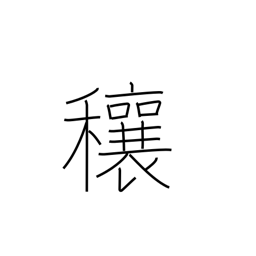
Meaning: abundance